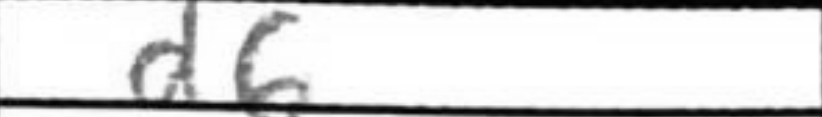
Transcription: d6